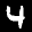
Label: 4